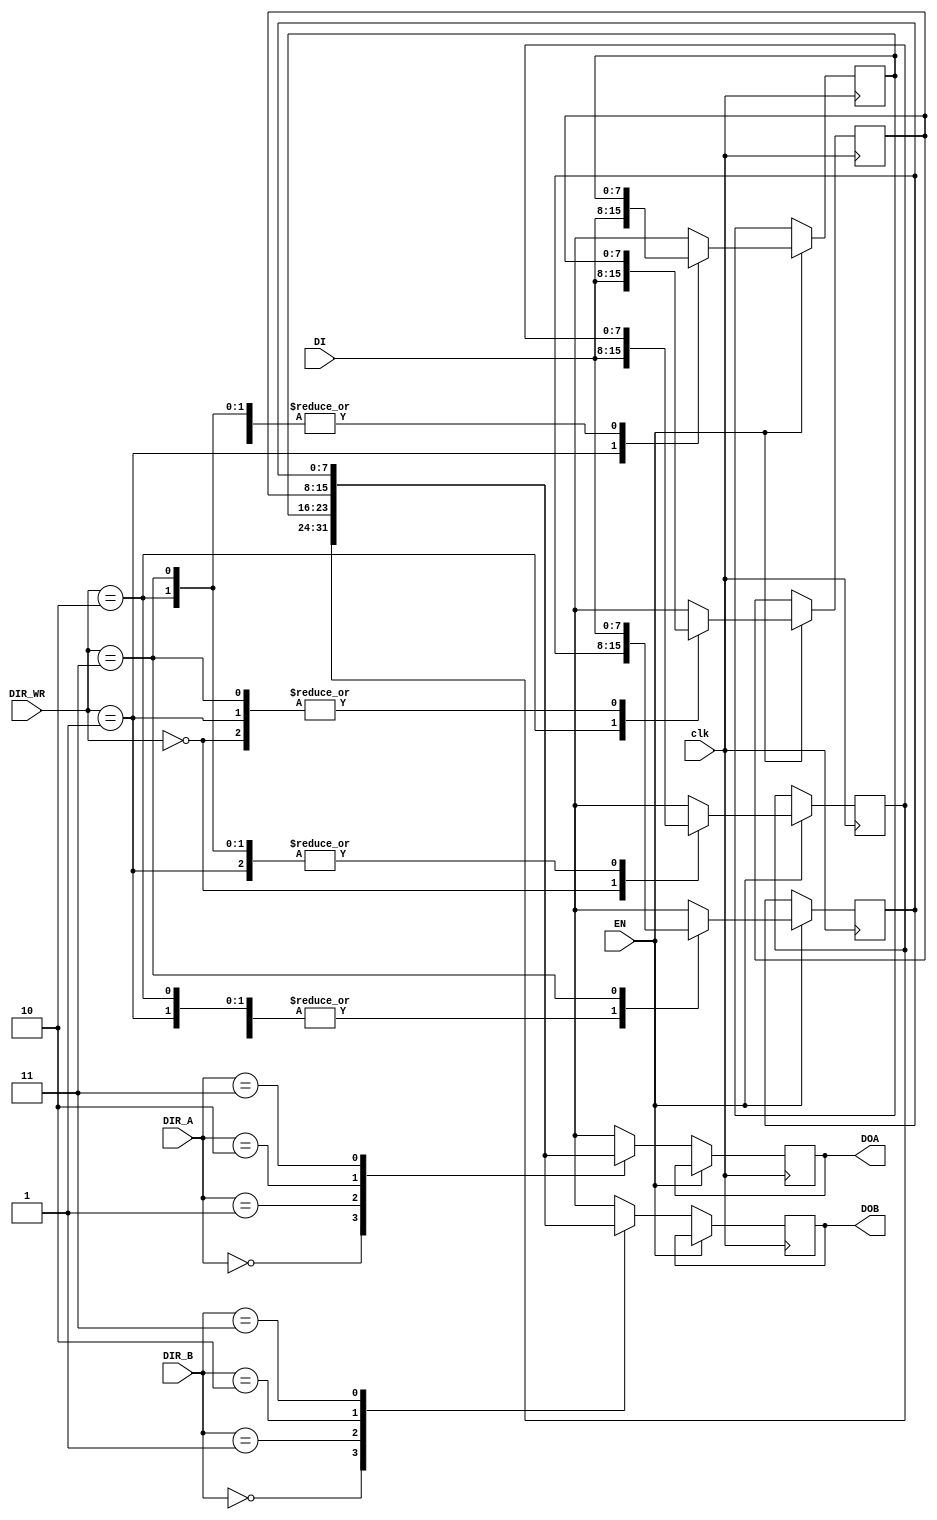
`timescale 1ns/1ps
//////////////////////////////////////////////////////////////////////////////////
// Company: 
// Engineer: 
// 
// Design Name: 
// Module Name: REG
// Project Name: 
// Target Devices: 
// Tool Versions: 
// Description: 
// 
// Dependencies: 
// 
// Revision:
// Revision 0.01 - File Created
// Additional Comments:
// 
//////////////////////////////////////////////////////////////////////////////////


module REG (
    input [1:0] DIR_A, DIR_B, DIR_WR,
    input [7:0] DI,                        //Datos a guardar en registro.
    input clk, EN,                            //Reloj y reset.
    output reg [7:0] DOA, DOB                      //Salidas para la ALU
    );
    
    reg [7:0] x0,x1,x2,x3;  //Todos los registros internos disponibles.
     
    initial begin 
       x0 = 8'b00000000;
       x1 = 8'b00000000;
       x2 = 8'b00000000;
       x3 = 8'b00000000;
    end
    
    always@(posedge clk) begin

        if (EN) begin
            case(DIR_WR)                        //Address define en cul registro se guardan los datos.
                2'b00 : x0 = DI;
                2'b01 : x1 = DI;
                2'b10 : x2 = DI;
                2'b11 : x3 = DI;
            endcase
        end
        else begin
            case(DIR_A)
                2'b00 : DOA = x0;
                2'b01 : DOA = x1;
                2'b10 : DOA = x2;
                2'b11 : DOA = x3;
            endcase
            
            case(DIR_B)
                2'b00 : DOB = x0;
                2'b01 : DOB = x1;
                2'b10 : DOB = x2;
                2'b11 : DOB = x3;
            endcase
        end
    end
endmodule